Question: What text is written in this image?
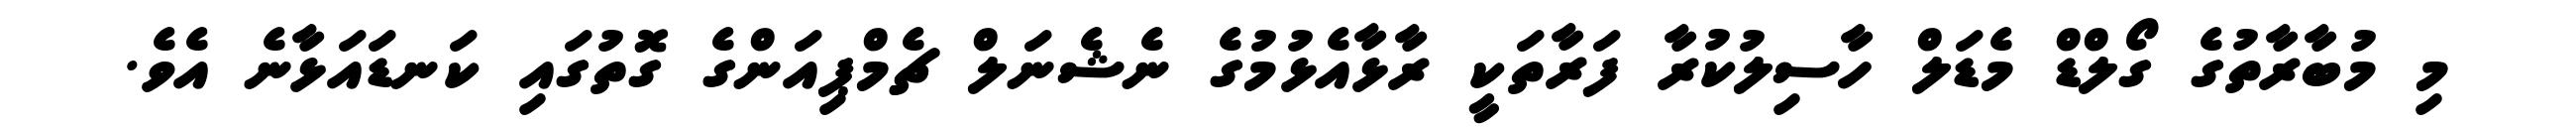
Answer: މި މުބާރާތުގެ ގޯލްޑް މެޑަލް ހާސިލުކުރާ ފަރާތަކީ ރާޅާއެޅުމުގެ ނެޝެނަލް ޗެމްޕިއަންގެ ގޮތުގައި ކަނޑައަޅާނެ އެވެ.